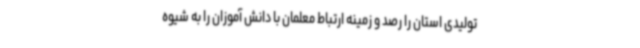
تولیدی استان را رصد و زمینه ارتباط معلمان با دانش آموزان را به شیوه